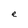
Character: e